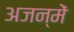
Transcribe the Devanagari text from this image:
अजन्में